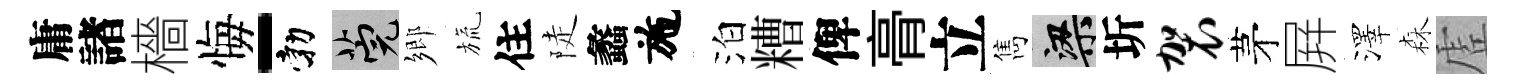
庸諸檣悔-勃筦鄉旒住陡蠡施泊糟俾𮌔立雋梁圻袈茅屛澤森虗